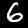
Label: 6